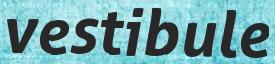
vestibule